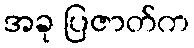
အခု ပြဇာတ်က